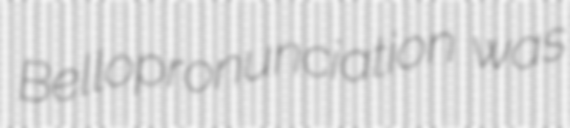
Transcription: Bellopronunciation was